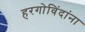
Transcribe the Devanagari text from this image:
हरगोविंदांना